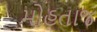
મોહતાજ